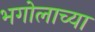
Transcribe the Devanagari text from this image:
भगोलाच्या